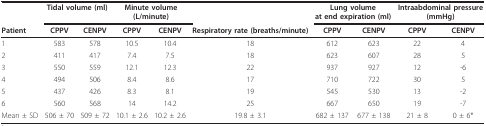
<table><thead><tr><td></td><td colspan="2"><b>Tidal volume (ml)</b></td><td colspan="2"><b>Minute volume(L/minute)</b></td><td></td><td colspan="2"><b>Lung volumeat end expiration (ml)</b></td><td colspan="2"><b>Intraabdominal pressure(mmHg)</b></td></tr><tr><td><b>Patient</b></td><td><b>CPPV</b></td><td><b>CENPV</b></td><td><b>CPPV</b></td><td><b>CENPV</b></td><td><b>Respiratory rate (breaths/minute)</b></td><td><b>CPPV</b></td><td><b>CENPV</b></td><td><b>CPPV</b></td><td><b>CENPV</b></td></tr></thead><tbody><tr><td>1</td><td>583</td><td>578</td><td>10.5</td><td>10.4</td><td>18</td><td>612</td><td>623</td><td>22</td><td>4</td></tr><tr><td>2</td><td>411</td><td>417</td><td>7.4</td><td>7.5</td><td>18</td><td>623</td><td>607</td><td>28</td><td>5</td></tr><tr><td>3</td><td>550</td><td>559</td><td>12.1</td><td>12.3</td><td>22</td><td>937</td><td>927</td><td>12</td><td>-6</td></tr><tr><td>4</td><td>494</td><td>506</td><td>8.4</td><td>8.6</td><td>17</td><td>710</td><td>722</td><td>30</td><td>5</td></tr><tr><td>5</td><td>437</td><td>426</td><td>8.3</td><td>8.1</td><td>19</td><td>545</td><td>530</td><td>13</td><td>-2</td></tr><tr><td>6</td><td>560</td><td>568</td><td>14</td><td>14.2</td><td>25</td><td>667</td><td>650</td><td>19</td><td>-7</td></tr><tr><td>Mean ± SD</td><td>506 ± 70</td><td>509 ± 72</td><td>10.1 ± 2.6</td><td>10.2 ± 2.6</td><td>19.8 ± 3.1</td><td>682 ± 137</td><td>677 ± 138</td><td>21 ± 8</td><td>0 ± 6*</td></tr></tbody></table>